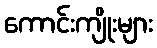
ကောင်းကျိုးများ